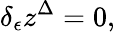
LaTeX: \delta_{\epsilon}z^{\Delta}=0,